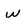
Character: w